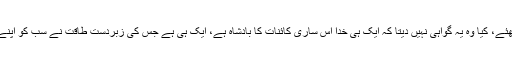
اس کا جواب اپنے دل سے پوچھئے، کیا وہ یہ گواہی نہیں دیتا کہ ایک ہی خدا اس ساری کائنات کا بادشاہ ہے، ایک ہی ہے جس کی زبردست طاقت نے سب کو اپنے ضابطے میں باندھ رکھا ہے؟